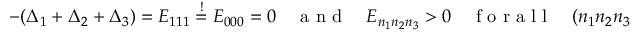
\begin{array} { r } { - ( \Delta _ { 1 } + \Delta _ { 2 } + \Delta _ { 3 } ) = E _ { 1 1 1 } \stackrel { ! } { = } E _ { 0 0 0 } = 0 \quad \mathrm { ~ a ~ n ~ d ~ } \quad E _ { n _ { 1 } n _ { 2 } n _ { 3 } } > 0 \quad \mathrm { ~ f ~ o ~ r ~ a ~ l ~ l ~ } \quad ( n _ { 1 } n _ { 2 } n _ { 3 } ) \neq ( 0 0 0 ) , ( 1 1 1 ) \, . } \end{array}